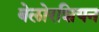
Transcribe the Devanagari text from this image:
बेलोरशियन